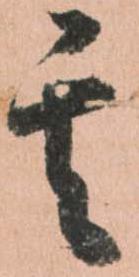
其